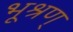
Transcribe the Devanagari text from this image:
भूश्रण्